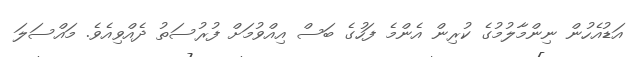
އަޑުއެހުން ނިންމާލުމުގެ ކުރިން އެންމެ ފަހުގެ ބަސް އިއްވުމަށް ފުރުސަތު ދެއްވިއެވެ. މައްސަލަ